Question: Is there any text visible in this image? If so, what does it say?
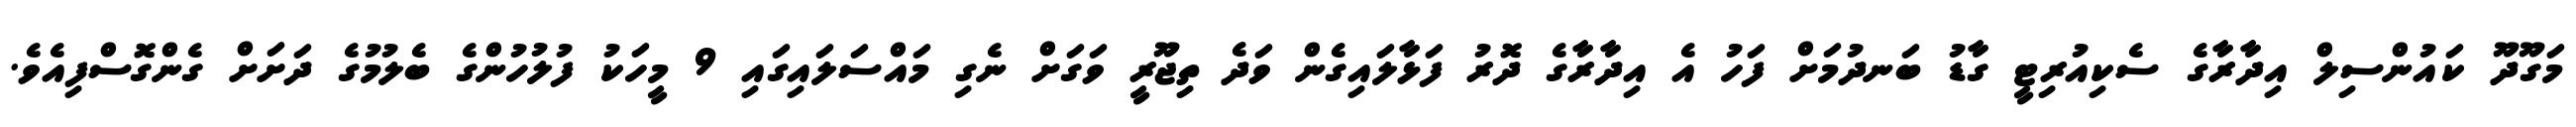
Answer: މަގޫދޫ ކައުންސިލް އިދާރާގެ ސެކިއުރިޓީ ގާޑު ބަނދުމަށް ފަހު އެ އިދާރާގެ ދޮރު ފަޅާލައިގެން ވަދެ ތިޖޫރީ ވަގަށް ނެގި މައްސަލައިގައި 9 މީހަކު ފުލުހުންގެ ބެލުމުގެ ދަށަށް ގެންގޮސްފިއެވެ.